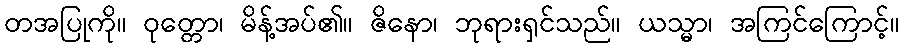
တအပြုကို။ ဝုတ္တော၊ မိန့်အပ်၏။ ဇိနော၊ ဘုရားရှင်သည်။ ယသ္မာ၊ အကြင်ကြောင့်။